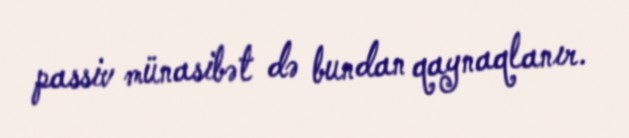
passiv münasibət də bundan qaynaqlanır.